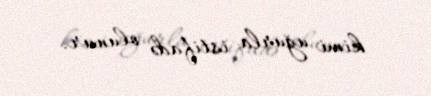
kimi uğurla istifadə olunur.